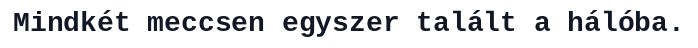
Mindkét meccsen egyszer talált a hálóba.